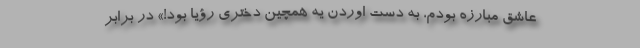
عاشق مبارزه بودم، به دست اوردن یه همچین دختری رؤیا بود!» در برابر